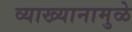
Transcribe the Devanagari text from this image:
व्याख्यानामुळे